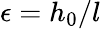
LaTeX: \epsilon=h_{0}/l